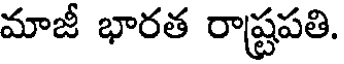
మాజీ భారత రాష్ట్రపతి.